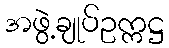
အဖွဲ့ချုပ်ဥက္ကဋ္ဌ